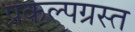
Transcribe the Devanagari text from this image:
प्रकल्पग्रस्त